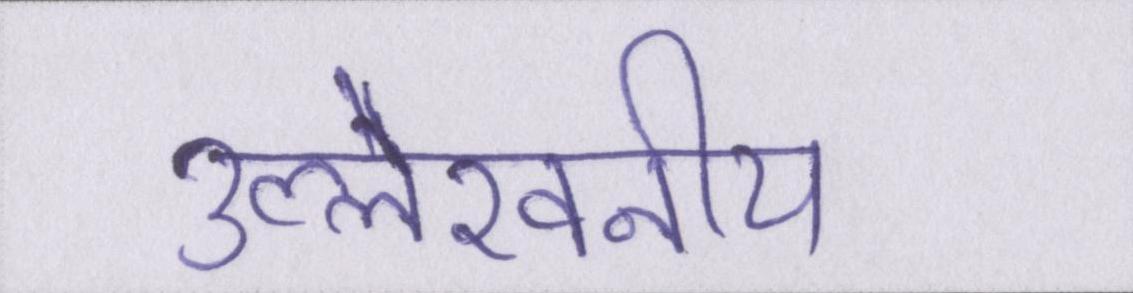
उल्लेखनीय